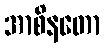
အာစိနတော